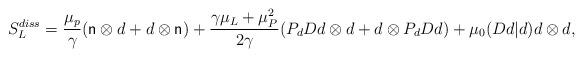
LaTeX: \begin{align*} S_L^{diss} =\frac{\mu_p}{\gamma} ({\sf n}\otimes d + d\otimes {\sf n}) + \frac{\gamma\mu_L+\mu_P^2}{2\gamma}(P_dDd\otimes d + d\otimes P_dDd) +\mu_0 (Dd|d)d\otimes d,\end{align*}